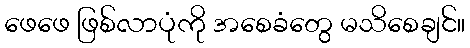
ဖေဖေ ဖြစ်လာပုံကို အစေခံတွေ မသိစေချင်။